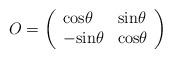
LaTeX: \begin{align*}O=\left (\begin{array}{ll}{\rm cos}\theta & {\rm sin }\theta\\-{\rm sin}\theta & {\rm cos }\theta\end{array} \right)\end{align*}